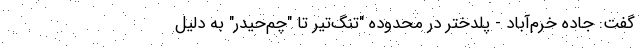
گفت: جاده خرم‌آباد - پلدختر در محدوده "تنگ‌تیر تا "چم‌حیدر" به دلیل